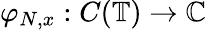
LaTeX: \varphi_{N,x}:C(\mathbb{T})\to\mathbb{C}